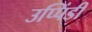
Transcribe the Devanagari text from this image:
उप्पिंडी